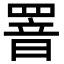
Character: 罯